Medical and sanitary report on the native army of Bombay for the year
Year: 1878
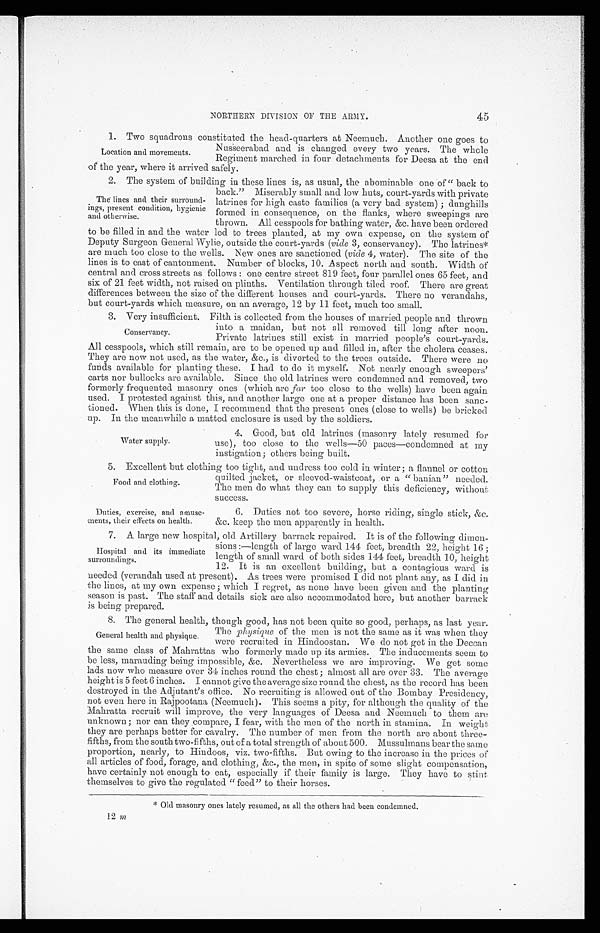
Food and clothing.
Duties, exercise, and amuse-
ments , their effects on health.
NORTHERN DIVISION OF THE ARMY.
1. Two squadrons constituted the bead - quarters at Neemuch. Another one goes to
Location and movements.
Nusseerabad and is changed every two years. The whole
Regiment marched in four detachments for Deesa at the end
of the year, where it arrived safely.
2. The system of building in those lines is, as usual, the abominable one of " back to
The lines and. their surround-
ings, present condition, hygienic
and otherwise.
back." Miserably small and low huts, court-yards with private
latrines for high caste families (a very bad system) ; dunghills
formed in consequence, on the flanks, where sweepings are
thrown. All cesspools for bathing water, &c. have been ordered
to be filled in and the water led to trees planted, at my own expense, on the system of
Deputy Surgeon General Wylie, outside the court-yards (vide 3, conservancy). The latrines*
are much too close to the wells. New ones are sanctioned (vide 4, water). The site of the
lines is to east of cantonment. Number of blocks, 10. Aspect north and south. Width of
central and cross streets as follows : one centre street 819 feet, four parallel ones 65 feet, and
six of 21 feet width, not raised on plinths. Ventilation through tiled roof. There are great
differences between the size of the different houses and court-yards. There no verandahs,
but court-yards which measure, on an average, 12 by 11 feet, much too small.
3. Very insufficient. Filth is collected from the houses of married people and thrown
Conservancy.
into a maidan, but not all removed till long after noon.
Private latrines still exist in married people's court-yards.
All cesspools, which still remain, are to be opened up and filled in, after the cholera ceases.
They are now not used, as the water, &c., is diverted to the trees outside. There were no
funds available for planting these. I had to do it myself. Not nearly enough sweepers'
carts nor bullocks are available. Since the old latrines were condemned and removed, two
formerly frequented masonry ones (which are far too close to the wells) have been again
used. I protested against this, and another large one at a proper distance has been sanc-
tioned. When this is done, I recommend that the present ones (close to wells) be bricked
up. In the meanwhile a matted enclosure is used by the soldiers.
Water supply.
4. Good, but old latrines (masonry lately resumed for
use), too close to the wells—50 paces—condemned at my
i ns t i oga t i on ; ot he r s be i ng bui l t .
5. Excellent but clothing too tight, and undress too cold in winter ; a flannel or cotton
quilted jacket, or sleeved-waistcoat, or a " banian" needed.
The men do what they can to supply this deficiency, without
s u c c e s s .
6. Duties not too severe, horse riding, single stick, &c.
&c. keep the men apparently in health.
7. A large new hospital, old Artillery barrack repaired. It is of the following dimen-
Hospital and its immediate
surroundings.
sions :—length of large ward 144, feet, breadth 22, height 16 ;
length of small ward of both sides 144 feet, breadth 10, height
12. It is an excellent building, but a contagious ward is
needed (verandah used at present). As trees were promised I did not plant any, as I did in
the lines, at my own expense; which I regret, as none have been given and the planting
season is past. The staff and details sick are also accommodated here, but another barrack
is being prepared.
8. The general health, though good, has not been quite so good, perhaps, as last year.
General health and physique.
The physique of the men is not the same as it was when they
were recruited in Hindoostan. We do not get in the Deccan
the same class of Mahrattas who formerly made up its armies. The inducements seem to
be less, marauding being impossible, &c. Nevertheless we are improving. We get some
lads now who measure over 34 inches round the chest ; almost all are over 33. The average
height is 5 feet 6 inches. I cannot give the average size round the chest, as the record has been
destroyed in the Adjutant's office. No recruiting is allowed out of the Bombay Presidency, .
not even here in Rajpootana (Neemuch). This seems a pity, for although the quality of the
Mahratta recruit will improve, the very languages of Deesa and Neemuch to them are
unknown; nor can they compare, I fear, with the men of the north in stamina. In weight
they are perhaps better for cavalry. The number of men from the north are about three-
fifths, from the south two-fifths, out of a total strength of about 500. Mussulmans bear the same
proportion, nearly, to Hindoos, viz. two-fifths. But owing to the increase in the prices of
all articles of food, forage, and clothing, &c., the men, in spite of some slight compensation,
have certainly not enough to eat, especially if their family is large. They have to stint
themselves to give the regulated " feed" to their horses.
‫٭‬Old masonry ones lately resumed, as all the others had been condemned.
12 m